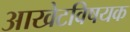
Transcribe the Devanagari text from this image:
आखेटविषयक